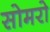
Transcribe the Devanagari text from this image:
सोमरो